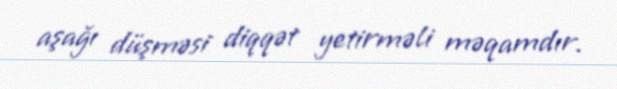
aşağı düşməsi diqqət yetirməli məqamdır.